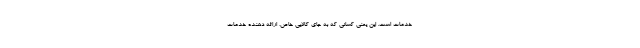
خدمات است. این یعنی کسانی که به جای کالایی خاص، ارائه دهنده خدمات